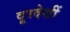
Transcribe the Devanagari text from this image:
दूरदेशीं